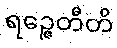
ရဉ္ဇေတီတိ